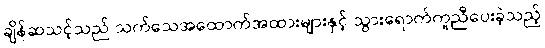
ချိန်ဆသင့်သည် သက်သေအထောက်အထားများနှင့် သွားရောက်ကူညီပေးခဲ့သည့်